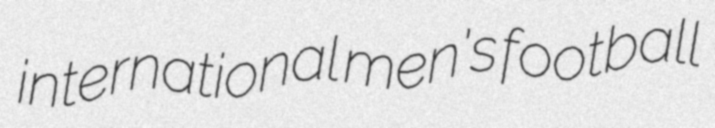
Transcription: international men's football